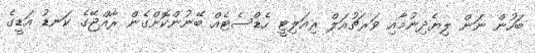
ބަހުން ނަން ލިޔެދިނުމާއި ވަރޗުއަލް ރިއަލިޓީ ހެޑްސެޓެއް ބޭނުންކޮށްގެން ރާއްޖޭގެ ކަނޑު އަޑީގެ